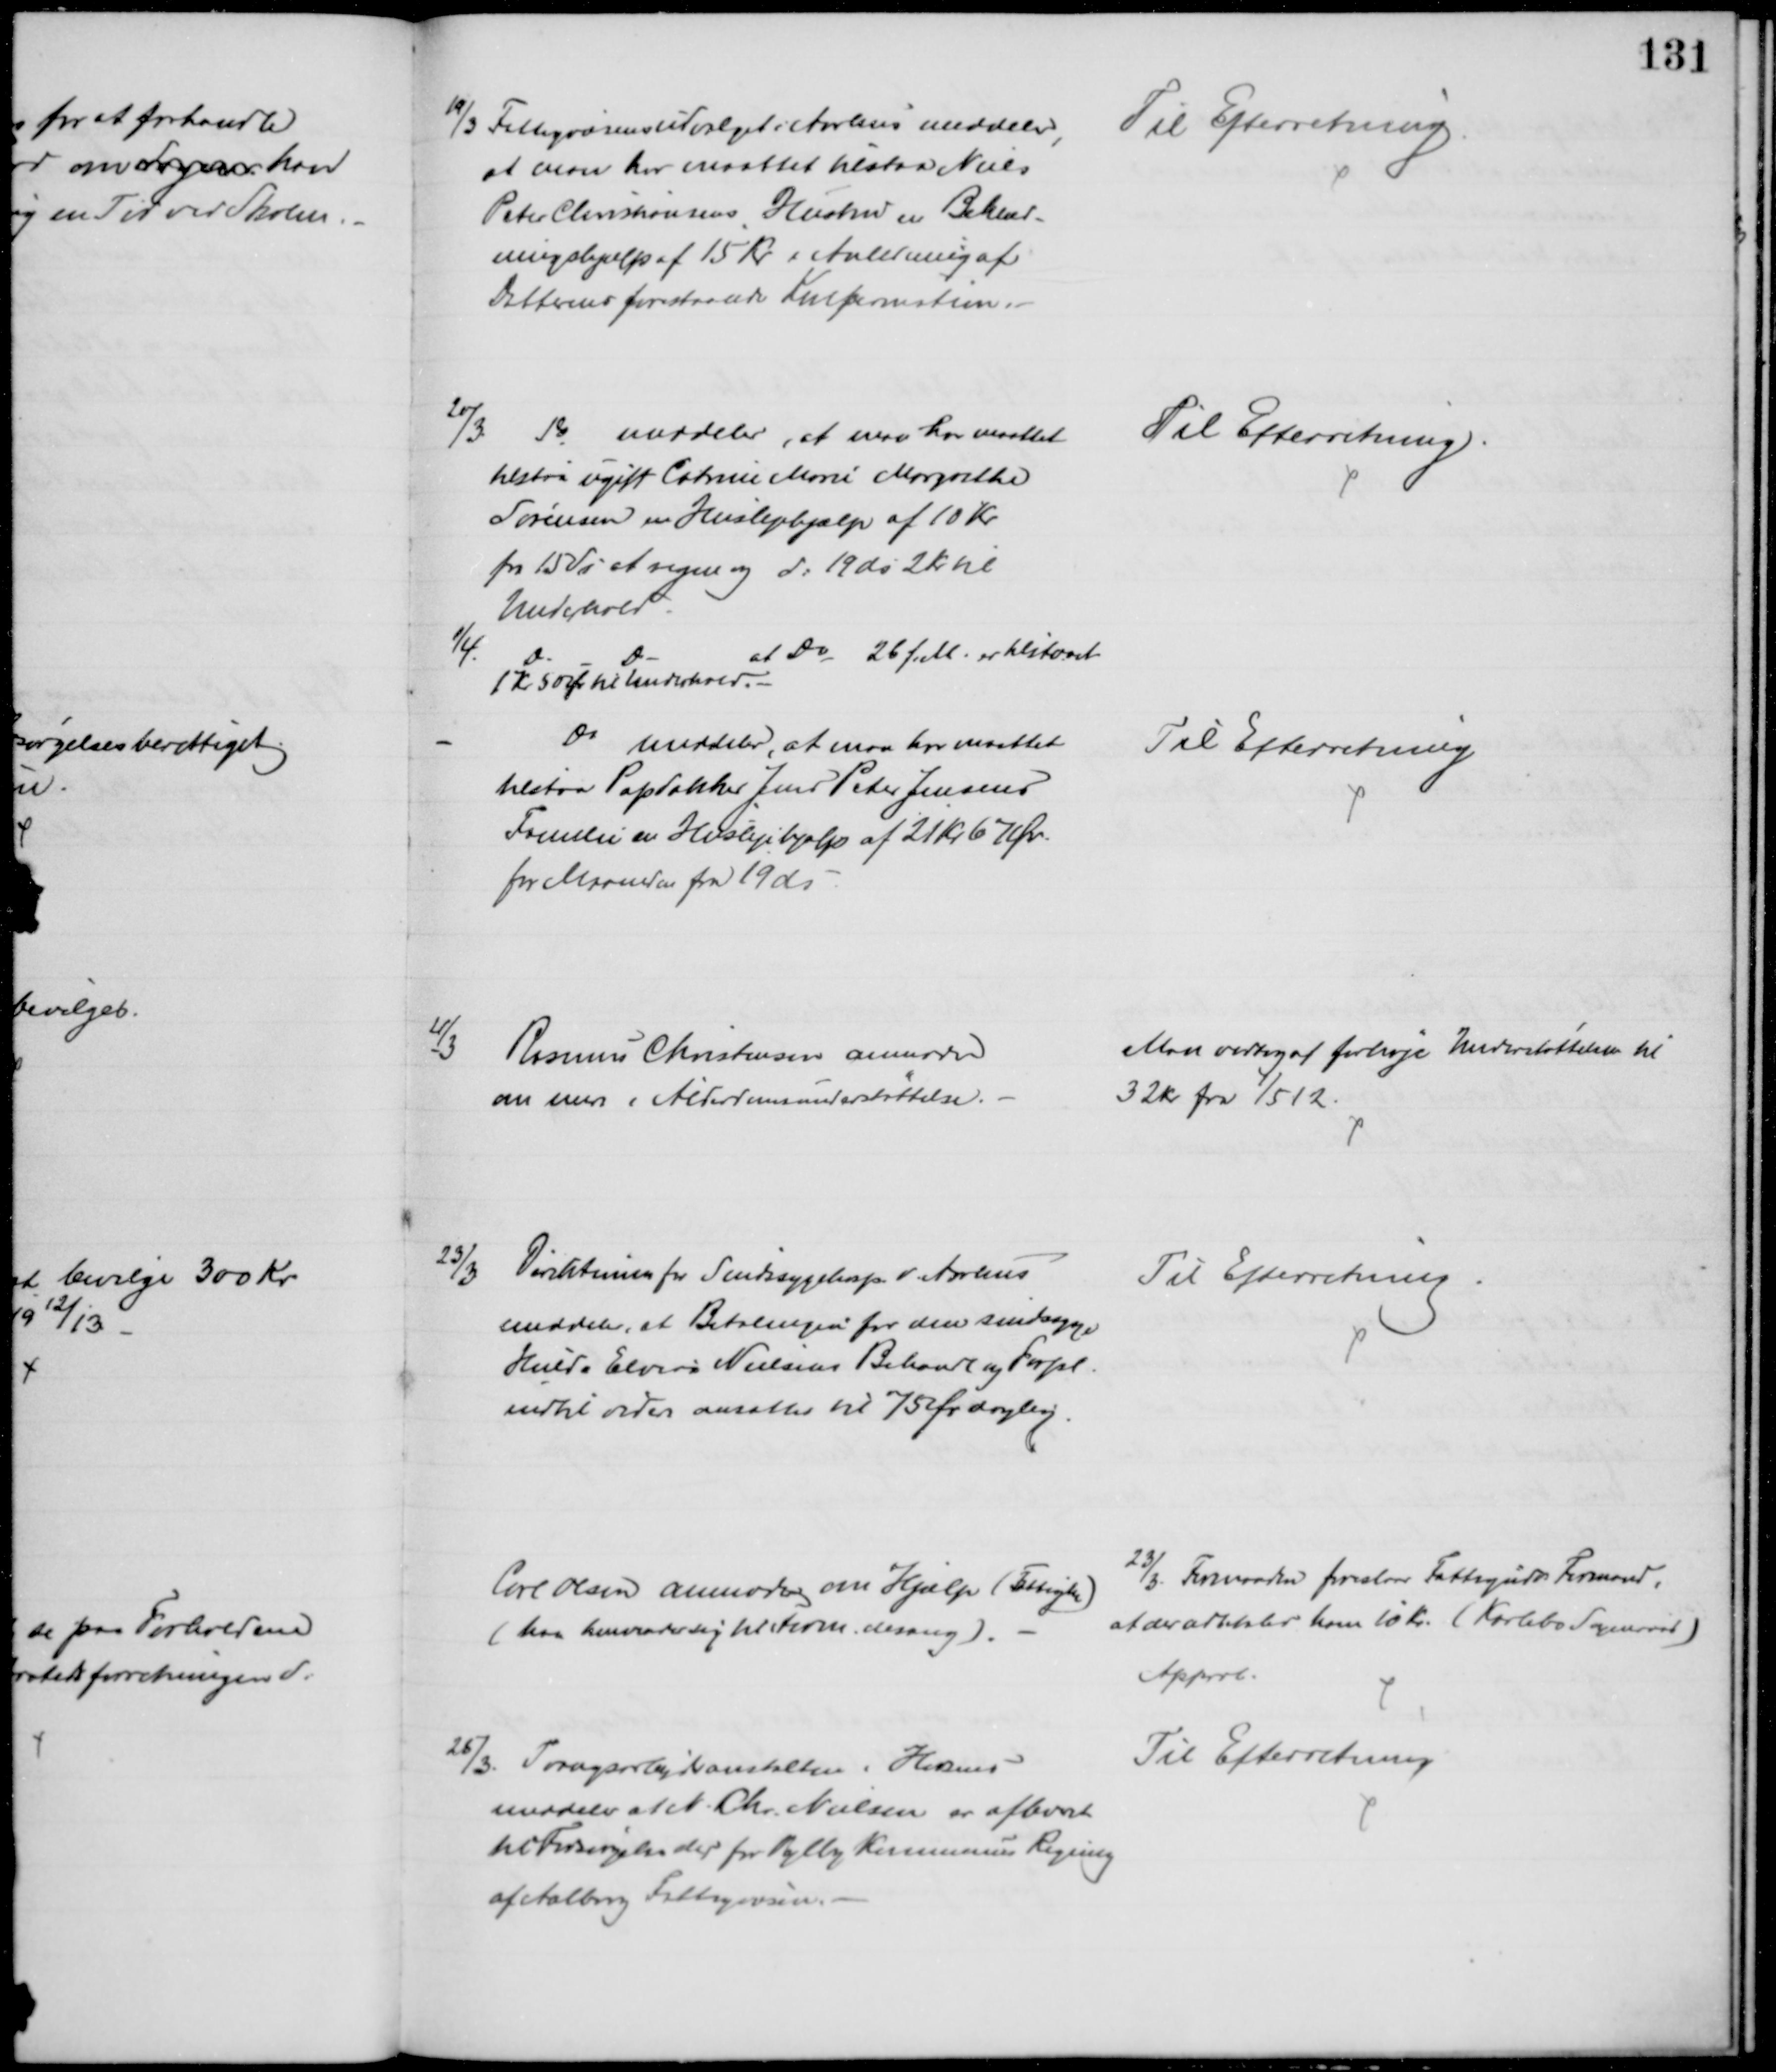
Transskription:
19/3 Fattigvæsensudvalget i Aarhus meddeler,
at man har maattet tilstaa Niels
Peter Christiansens Hustru en Beklæd-
ningshjælp af 15 Kr i Anledning af
Datterens forestaaende Konfirmation.
Til Efterretning
20/3 Do meddeler, at man har maattet
tilstaa ugift Catrine Marie Margrethe
Sørensen en Huslejehjælp af 10 Kr
fra 15 ds at regne og d: 19 ds 2 Kr til
Underhold
Til Efterretning.
1/4.
Do
Do
at Do 26 f. M. er tilstaaet
1 Kr 50 Ør til Underhold. 
Do meddeler, at man har maattet
tilstaa Papdækker Jens Peter Jensens
Familie en Huslejehjælp af 21 Kr. 67 Ør.
for Maaneden fra 19 ds
Til Efterretning.
21/3 Rasmus Christensen anmoder
om mere i Alderdomsunderstøttelse.
Man vedtog at forhøje Understøttelsen til 
32 Kr fra 1/5 12.
23/3
Direktionen for Sindssygehosp. v. Aarhus
meddeler, at Betalingen for den sindssyge
Hulda Elvira Nielsens Behandl og Forpl.
indtil videre ansattes til 75 Ør daglig.
Til Efterretning.
Carl Olsen anmoder om Hjælp (Fattigh)
(han henvender sig til Form. desang).
23/3. Formanden foreslaar Fattigudvs Formand,
at der udbetales ham 10 Kr. (Karlebo Sogneraad)
Approb.
25/3. Tvangsarbejdsanstalten i Horsens
meddeler at N. Chr. Nielsen er afleveret
til Forsørgelse der for Vejlby Kommunes Regning
af Aalborg Fattigvæsen.
Til Efterretning